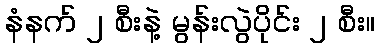
နံနက် ၂ စီးနဲ့ မွန်းလွဲပိုင်း ၂ စီး။